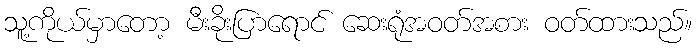
သူ့ကိုယ်မှာတော့ မီးခိုးပြာရောင် ဆေးရုံအဝတ်အစား ဝတ်ထားသည်။